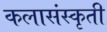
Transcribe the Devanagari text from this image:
कलासंस्कृती